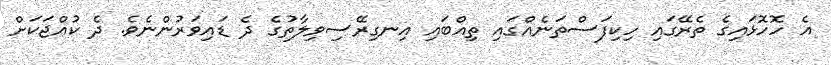
އެ ހޮހޮޅައިގެ ތެރޭގައި ހިކިފަސްތަނެއްގައި ތިއްބައި އިނގިރޭސިވިލާތުގެ ދެ ޑައިވަރުންނެވެ. ދެ ކުއްޖަކަށް